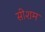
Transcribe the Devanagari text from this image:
सीशम